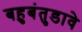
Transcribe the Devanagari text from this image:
बहुबंतुडावे